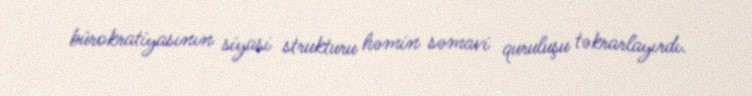
bürokratiyasının siyasi strukturu həmin səmavi quruluşu təkrarlayırdı.